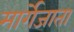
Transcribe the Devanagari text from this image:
मार्गेजाता